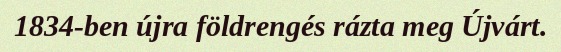
1834-ben újra földrengés rázta meg Újvárt.